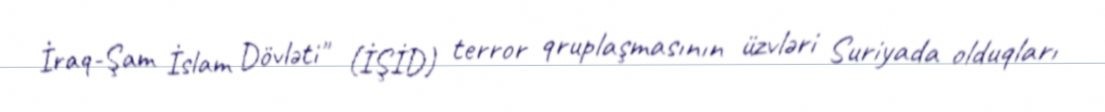
İraq-Şam İslam Dövləti" (İŞİD) terror qruplaşmasının üzvləri Suriyada olduqları